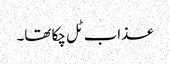
عذاب ٹل چکا تھا۔